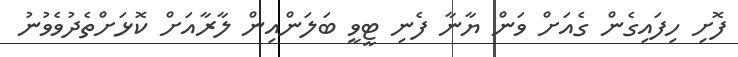
ފޮށި ހިފައިގެން ގެއަށް ވަން ޔާނާ ފެނި ޓީވީ ބަލަންއިން ލާރާއަށް ކޮޅަށްތެދުވެވުނު